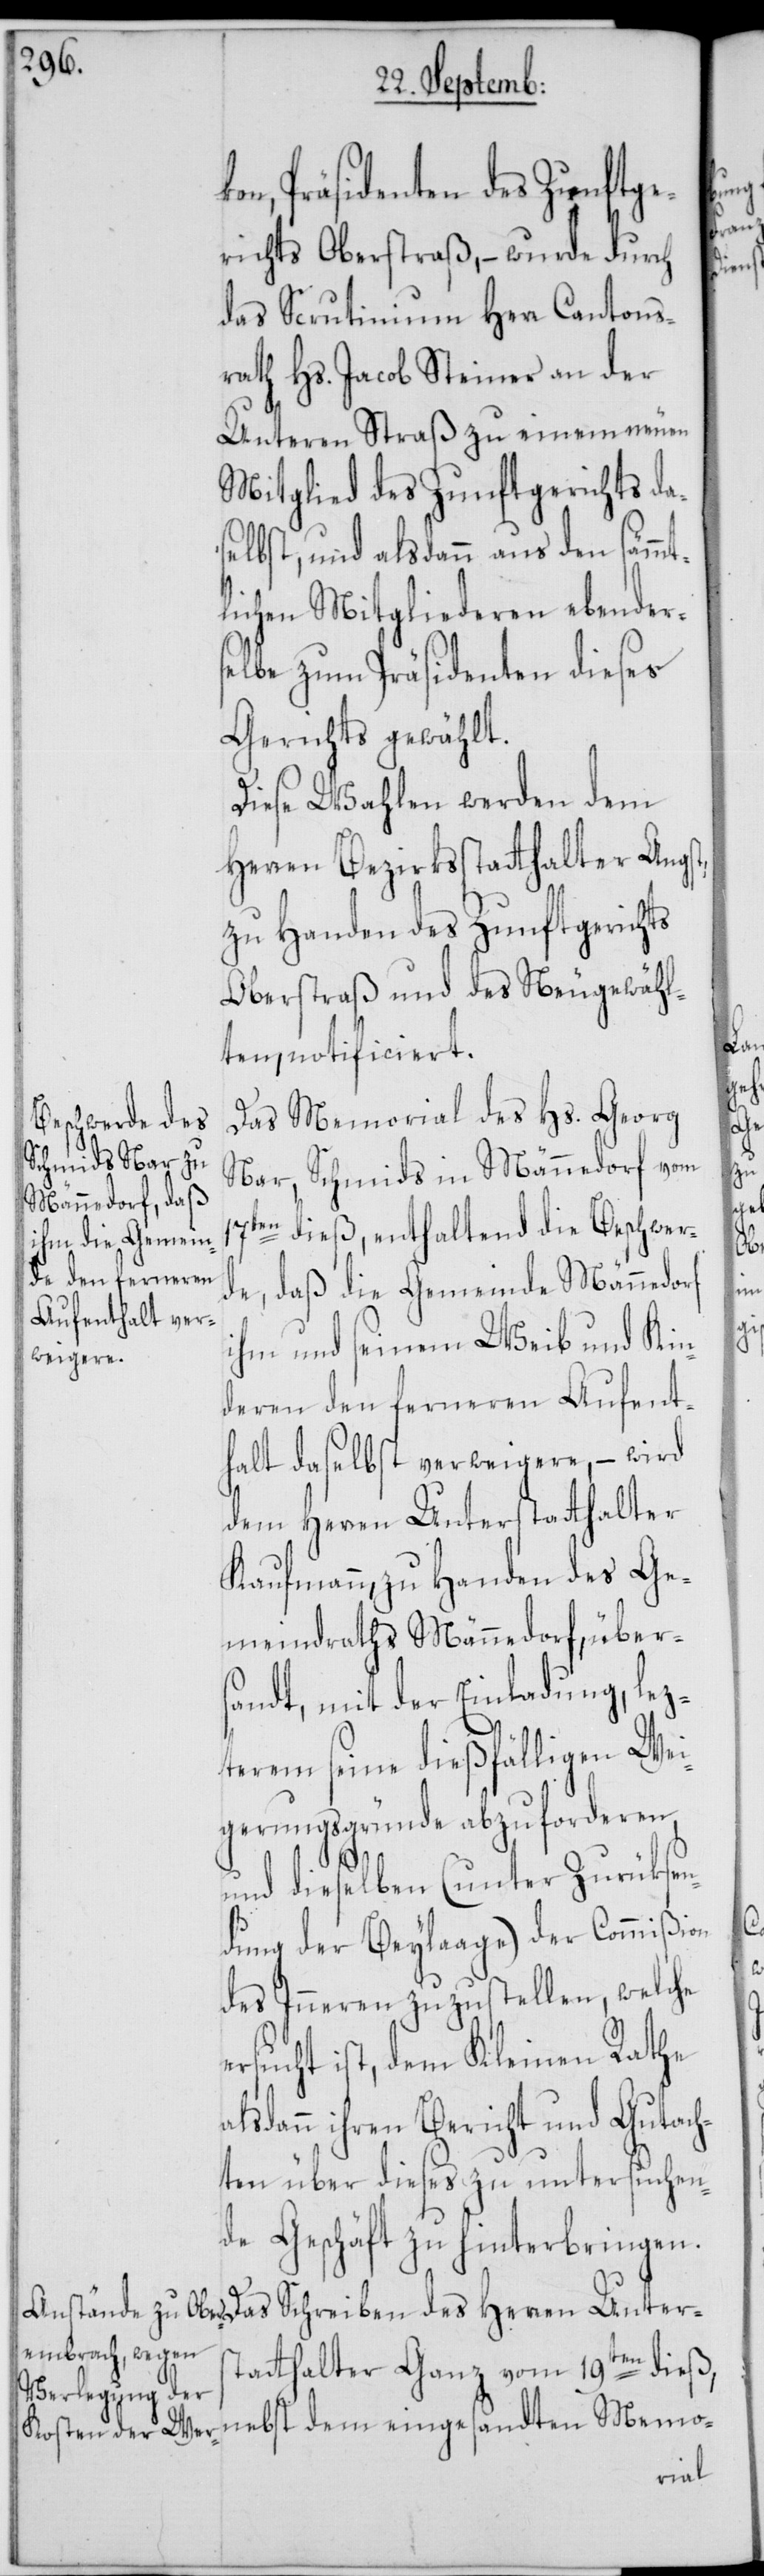
kon, Präsidenten des Zunftge¬
richts Oberstraß, – wurde durch
das Scrutinium Herr Cantons¬
rath Hs. Jacob Steiner an der
Unteren Straß zu einem neuen
Mitglied des Zunftgerichts da¬
selbst, und alsdann aus den sämmt¬
lichen Mitgliederen ebender¬
selbe zum Präsidenten dieses
Gerichts gewählt.
Diese Wahlen werden dem
Herren Bezirksstatthalter Angst,
zu Handen des Zunftgerichts
Oberstraß und des Neugewähl¬
ten, notificiert.
Das Memorial des Hs. Georg
Nar, Schmids in Männedorf, vom
en dieß, enthaltend die Beschwer¬
de, daß die Gemeinde Männedorf
ihm und seinem Weib und Kin¬
deren den ferneren Aufent¬
halt daselbst verweigere, – wird
dem Herren Unterstatthalter
Kaufmann, zu Handen des Ge¬
meindraths Männedorf, übers¬
andt, mit der Einladung, lez¬
terem seine dießfälligen Wei¬
gerungsgründe abzuforderen,
und dieselben (unter Zurüksen¬
dung der Beylaage) der Commißion
des Inneren zuzustellen, welche
ersucht ist, dem Kleinen Rathe
alsdann ihren Bericht und Gutach¬
ten über dieses zu untersuchen¬
de Geschäft zu hinterbringen.
Das Schreiben des Herren Unter¬
statthalter Ganz vom 19ten dieß,

eing¬
ten